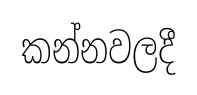
කන්නවලදී